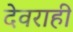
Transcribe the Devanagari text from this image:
देवराही